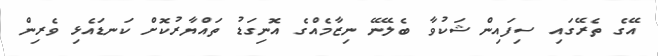
އޭގެ ތެރޭގައި ސިފައިން ޝަކުވާ ބެލޭނޭ ނިޒާމެއްގެ އޮނިގަޑު ތައްޔާރުކޮށް ކަނޑައެޅި ވެރިން